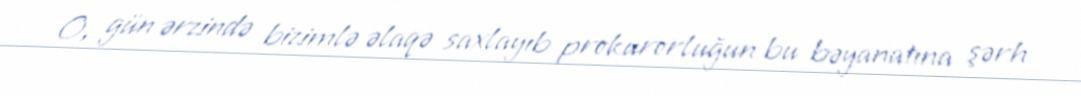
O, gün ərzində bizimlə əlaqə saxlayıb prokurorluğun bu bəyanatına şərh